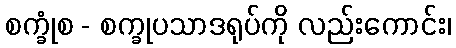
စက္ခုံစ - စက္ခုပသာဒရုပ်ကို လည်းကောင်း၊